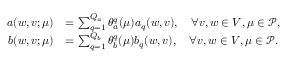
\begin{array} { r l } { a ( w , v ; { \mu } ) } & { = \sum _ { q = 1 } ^ { Q _ { a } } \theta _ { a } ^ { q } ( { \mu } ) a _ { q } ( w , v ) , \quad \forall v , w \in V , { \mu } \in \mathscr { P } , } \\ { b ( w , v ; { \mu } ) } & { = \sum _ { q = 1 } ^ { Q _ { b } } \theta _ { b } ^ { q } ( { \mu } ) b _ { q } ( w , v ) , \quad \forall v , w \in V , { \mu } \in \mathscr { P } . } \end{array}